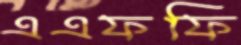
এএফফি